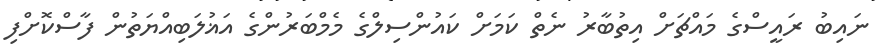
ނައިބު ރައީސްގެ މައްޗަށް އިތުބާރު ނެތް ކަމަށް ކައުންސިލްގެ މެމްބަރުންގެ އަޣުލަބިއްޔަތުން ފާސްކޮށްފި